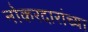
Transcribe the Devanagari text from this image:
नोकरदारांच्या